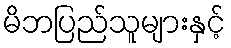
မိဘပြည်သူများနှင့်